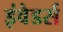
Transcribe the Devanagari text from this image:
इंवेडर्स